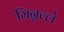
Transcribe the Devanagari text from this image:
मिन्नल्ले